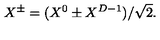
X ^ { \pm } = ( X ^ { 0 } \pm X ^ { D - 1 } ) / \sqrt { 2 } .